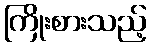
ကြိုးစားသည့်